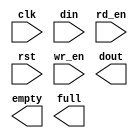
module image_fifo(
	clk,
	din,
	rd_en,
	rst,
	wr_en,
	dout,
	empty,
	full);


input clk;
input [7 : 0] din;
input rd_en;
input rst;
input wr_en;
output [7 : 0] dout;
output empty;
output full;

// synthesis translate_off

      FIFO_GENERATOR_V4_3 #(
		.C_COMMON_CLOCK(1),
		.C_COUNT_TYPE(0),
		.C_DATA_COUNT_WIDTH(11),
		.C_DEFAULT_VALUE("BlankString"),
		.C_DIN_WIDTH(8),
		.C_DOUT_RST_VAL("0"),
		.C_DOUT_WIDTH(8),
		.C_ENABLE_RLOCS(0),
		.C_FAMILY("virtex2"),
		.C_FULL_FLAGS_RST_VAL(1),
		.C_HAS_ALMOST_EMPTY(0),
		.C_HAS_ALMOST_FULL(0),
		.C_HAS_BACKUP(0),
		.C_HAS_DATA_COUNT(0),
		.C_HAS_INT_CLK(0),
		.C_HAS_MEMINIT_FILE(0),
		.C_HAS_OVERFLOW(0),
		.C_HAS_RD_DATA_COUNT(0),
		.C_HAS_RD_RST(0),
		.C_HAS_RST(1),
		.C_HAS_SRST(0),
		.C_HAS_UNDERFLOW(0),
		.C_HAS_VALID(0),
		.C_HAS_WR_ACK(0),
		.C_HAS_WR_DATA_COUNT(0),
		.C_HAS_WR_RST(0),
		.C_IMPLEMENTATION_TYPE(0),
		.C_INIT_WR_PNTR_VAL(0),
		.C_MEMORY_TYPE(1),
		.C_MIF_FILE_NAME("BlankString"),
		.C_MSGON_VAL(1),
		.C_OPTIMIZATION_MODE(0),
		.C_OVERFLOW_LOW(0),
		.C_PRELOAD_LATENCY(0),
		.C_PRELOAD_REGS(1),
		.C_PRIM_FIFO_TYPE("1kx18"),
		.C_PROG_EMPTY_THRESH_ASSERT_VAL(4),
		.C_PROG_EMPTY_THRESH_NEGATE_VAL(5),
		.C_PROG_EMPTY_TYPE(0),
		.C_PROG_FULL_THRESH_ASSERT_VAL(1023),
		.C_PROG_FULL_THRESH_NEGATE_VAL(1022),
		.C_PROG_FULL_TYPE(0),
		.C_RD_DATA_COUNT_WIDTH(11),
		.C_RD_DEPTH(1024),
		.C_RD_FREQ(1),
		.C_RD_PNTR_WIDTH(10),
		.C_UNDERFLOW_LOW(0),
		.C_USE_DOUT_RST(1),
		.C_USE_ECC(0),
		.C_USE_EMBEDDED_REG(0),
		.C_USE_FIFO16_FLAGS(0),
		.C_USE_FWFT_DATA_COUNT(1),
		.C_VALID_LOW(0),
		.C_WR_ACK_LOW(0),
		.C_WR_DATA_COUNT_WIDTH(11),
		.C_WR_DEPTH(1024),
		.C_WR_FREQ(1),
		.C_WR_PNTR_WIDTH(10),
		.C_WR_RESPONSE_LATENCY(1))
	inst (
		.CLK(clk),
		.DIN(din),
		.RD_EN(rd_en),
		.RST(rst),
		.WR_EN(wr_en),
		.DOUT(dout),
		.EMPTY(empty),
		.FULL(full),
		.INT_CLK(),
		.BACKUP(),
		.BACKUP_MARKER(),
		.PROG_EMPTY_THRESH(),
		.PROG_EMPTY_THRESH_ASSERT(),
		.PROG_EMPTY_THRESH_NEGATE(),
		.PROG_FULL_THRESH(),
		.PROG_FULL_THRESH_ASSERT(),
		.PROG_FULL_THRESH_NEGATE(),
		.RD_CLK(),
		.RD_RST(),
		.SRST(),
		.WR_CLK(),
		.WR_RST(),
		.ALMOST_EMPTY(),
		.ALMOST_FULL(),
		.DATA_COUNT(),
		.OVERFLOW(),
		.PROG_EMPTY(),
		.PROG_FULL(),
		.VALID(),
		.RD_DATA_COUNT(),
		.UNDERFLOW(),
		.WR_ACK(),
		.WR_DATA_COUNT(),
		.SBITERR(),
		.DBITERR());


// synthesis translate_on

// XST black box declaration
// box_type "black_box"
// synthesis attribute box_type of image_fifo is "black_box"

endmodule